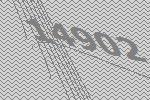
14902